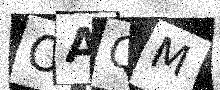
Text: OAQM